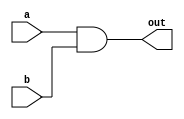
module AND (a, b, out);
	input a, b;
	output out;
    
    wire nand_ab;

    nand n1(nand_ab, a, b);
    nand n2(out, nand_ab, nand_ab);

endmodule


module OR (a, b, out);
	input a, b;
	output out;

    wire not_a, not_b;

    nand n1(not_a, a, a);
    nand n2(not_b, b, b);
    nand n3(out, not_a, not_b);

endmodule

module NOT (a, out);
	input a;
	output out;

    nand n1(out, a, a);

endmodule

module NOR (a, b, out);
	input a, b;
	output out;

    wire not_a, not_b, or_ab;

    nand n1(not_a, a, a);
    nand n2(not_b, b, b);
    nand n3(or_ab, not_a, not_b);
    nand n4(out, or_ab, or_ab);

endmodule

module XOR (a, b, out);
	input a, b;
	output out;

    wire not_a, nand_ab, not_b, or_ab, xnor_ab;

    nand n1(not_a, a, a);
    nand n2(not_b, b, b);
    nand n3(or_ab, not_a, not_b);
    nand n4(nand_ab, a, b);
    nand n5(xnor_ab, or_ab, nand_ab);
    nand n6(out, xnor_ab, xnor_ab);

endmodule

module AdderSubtractor (A, B, Cin, mode, Cout, Sum);
	input [31:0] A, B;
	input Cin, mode;
	output [31:0] Sum;
	output Cout;
    wire [31:0] carry = {(A[30:0] & (B[30:0]^{31{mode}})) | (A[30:0] & carry[30:0]) | ((B[30:0]^{31{mode}}) & carry[30:0]), Cin};
    assign Sum[31:0] =  A[31:0] ^ (B[31:0]^{32{mode}}) ^ carry[31:0];
    assign Cout = (A[31] & (B[31]^mode)) | ((B[31]^mode) & carry[31]) | (carry[31] & A[31]);

endmodule

module ALU (A, B, sel, Cin, Y, Cout, Negative, Zero, Overflow);
	input [31:0] A, B;
	input [3:0] sel;
	input Cin;
	output [31:0] Y;
	output Cout, Negative, Zero, Overflow;
    reg [31:0] Y;
    reg Cout, Negative, Zero, Overflow;
    wire [31:0] Sum;
    wire out_AND, out_OR, out_NOT, out_NOR, out_XOR, out_NAND, Cout_add;

    always @(*) begin
        case(sel)
            4'b0000:begin 
                Y = {31'b0, out_AND}; 
                Negative = 1'b0;
                Cout = 1'b0;
                Overflow = 1'b0;
                Zero = ~Y[0];	//
            end
            4'b0001:begin
                Y = {31'b0, out_OR};
                Negative = 1'b0;
                Cout = 1'b0;
                Overflow = 1'b0;
                Zero = ~Y[0];		
            end
            4'b0010:begin
                Y = {31'b0, out_NOT};
                Negative = 1'b0;
                Cout = 1'b0;
                Overflow = 1'b0;
                Zero = ~Y[0];		
            end
            4'b0011:begin
                Y = {31'b0, out_NOR};
                Negative = 1'b0;
                Cout = 1'b0;
                Overflow = 1'b0;
                Zero = ~Y[0];		
            end
            4'b0100:begin
                Y = {31'b0, out_XOR};
                Negative = 1'b0;
                Cout = 1'b0;
                Overflow = 1'b0;
                Zero = ~Y[0];		
            end
            4'b0101:begin
                Y = {31'b0, out_NAND};
                Negative = 1'b0;
                Cout = 1'b0;
                Overflow = 1'b0;
                Zero = ~Y[0];		
            end
            4'b0110:begin
                Y = Sum;
                Negative = Y[31];
                Cout = Cout_add;
                Overflow = (!(B[31]^A[31])) & (A[31]^Y[31]);
                Zero = (Y == 32'b0) ? 1'b1 : 1'b0;	
            end
            4'b0111:begin
                Y = Sum;
                Negative = Y[31];
                Cout = 1'b0;
                Overflow = (!(!B[31]^A[31])) & (A[31]^Y[31]);
                Zero = (Y == 32'b0) ? 1'b1 : 1'b0;
            end
            4'b1000:begin
                Y = (Sum[31] == 0) ? Sum: ~Sum + 1;
                Negative = Y[31];
                Cout = 1'b0;
                Overflow = (!(!B[31]^A[31])) & (A[31]^Sum[31]);
                Zero = (Y == 32'b0) ? 1'b1 : 1'b0;
            end
            4'b1001:begin
                Y = A * B;
                Negative = Y[31];
                Cout = 1'b0;
                Overflow = A[15] ^ B[15] ^ Y[31];
                Zero = (Y == 32'b0) ? 1'b1 : 1'b0;
            end
            4'b1010:begin
                Y = A << 1'b1;
                Negative = Y[31];
                Cout = A[31];
                Overflow = Y[31] ^ A[31];
                Zero = (Y == 32'b0) ? 1'b1 : 1'b0;
            end
            4'b1011:begin
                Y = A <<< 1'b1;
                Negative = Y[31];
                Cout = A[31];
                Overflow = Y[31] ^ A[31];
                Zero = (Y == 32'b0) ? 1'b1 : 1'b0;
            end
            4'b1100:begin
                Y = A >> 1'b1;
                Negative = Y[31];
                Cout = 1'b0;
                Overflow = 1'b0;
                Zero = (Y == 32'b0) ? 1'b1 : 1'b0;
            end
            4'b1101:begin
                Y = $signed(A) >>> 1'b1;
                Negative = Y[31];
                Cout = 1'b0;
                Overflow = 1'b0;
                Zero = (Y == 32'b0) ? 1'b1 : 1'b0;
            end
            default:begin
                Y =32'b0;
                Negative = 1'b0;
                Cout = 1'b0;
                Overflow = 1'b0;
                Zero = 1'b0;
            end
        endcase
    end

    AND AandB   (.a(A[0]), .b(B[0]), .out(out_AND));
    OR  AorB    (.a(A[0]), .b(B[0]), .out(out_OR));
    NOT notA    (.a(A[0]), .out(out_NOT));
    NOR AnorB   (.a(A[0]), .b(B[0]), .out(out_NOR));
    XOR AxorB   (.a(A[0]), .b(B[0]), .out(out_XOR));
    nand AnandB (out_NAND, A[0], B[0]);
    AdderSubtractor Add (.A(A[31:0]), .B(B[31:0]), .Cin(sel[0]|sel[3]|Cin), .mode(sel[0]|sel[3]), .Cout(Cout_add), .Sum(Sum));

endmodule